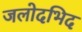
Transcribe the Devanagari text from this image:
जलोदभिद